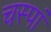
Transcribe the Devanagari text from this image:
चस्पां